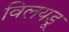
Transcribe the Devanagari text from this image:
विलयडू